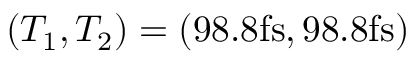
( T _ { 1 } , T _ { 2 } ) = ( 9 8 . 8 \mathrm { f s } , 9 8 . 8 \mathrm { f s } )